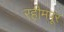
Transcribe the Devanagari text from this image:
रहीमपूर